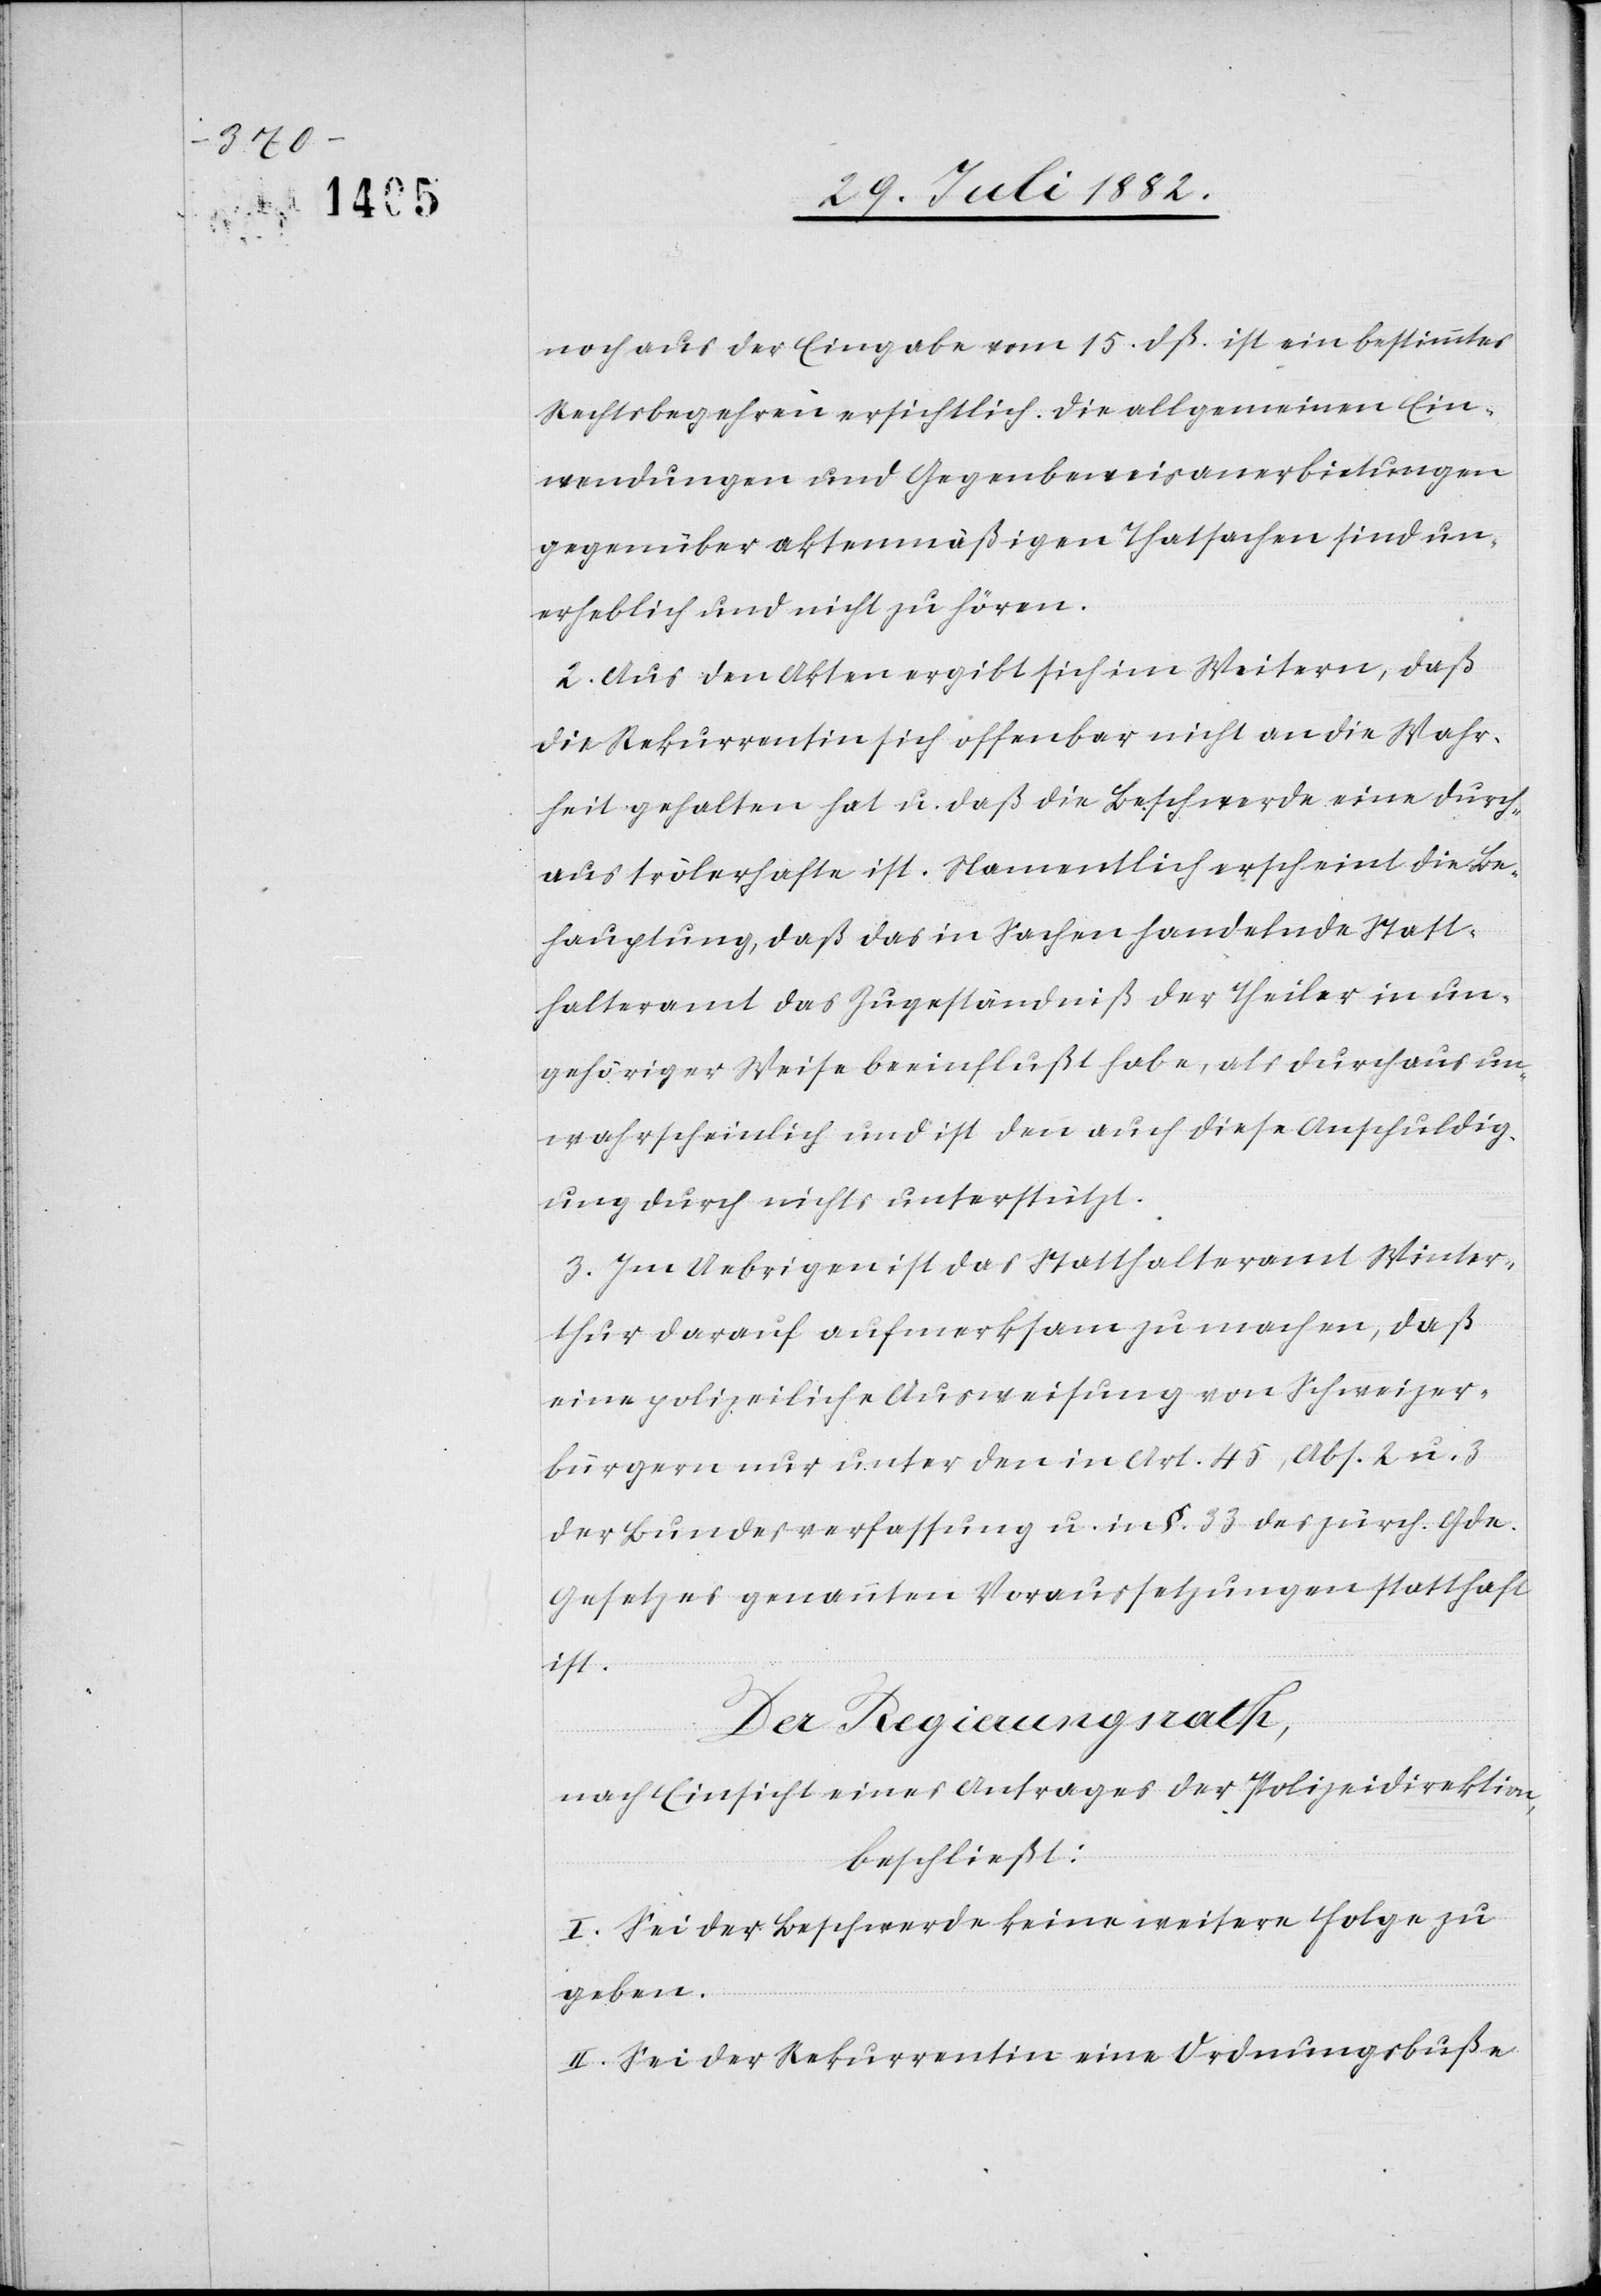
noch aus der Eingabe vom 15. dß. ist ein bestimmtes
Rechtsbegehren ersichtlich. Die allgemeinen Ein¬
wendungen und Gegenbeweisanerbietungen
gegenüber aktenmäßigen Thatsachen sind un¬
erheblich und nicht zu hören.
2. Aus den Akten ergibt sich im Weitern, daß
die Rekurrentin sich offenbar nicht an die Wahr¬
heit gehalten hat u. daß die Beschwerde eine durch¬
aus trölerhafte ist. Namentlich erscheint die Be¬
hauptung, daß das in Sachen handelnde Statt¬
halteramt das Zugeständniß der Theiler in un¬
gehöriger Weise beeinflußt habe, als durchaus un¬
wahrscheinlich und ist denn auch diese Anschuldig¬
ung durch nichts unterstützt.
3. Im Uebrigen ist das Statthalteramt Winter¬
thur darauf aufmerksam zu machen, daß
eine polizeiliche Ausweisung von Schweizer¬
bürgern nur unter den in Art. 45, Abs. 2 u. 3
der Bundesverfassung u. in §. 33 des zürch. Gde.
Gesetzes genannten Voraussetzungen statthaft
ist.
Der Regierungsrath,
nach Einsicht eines Antrages der Polizeidirektion,
beschließt:
I. Sei der Beschwerde keine weitere Folge zu
geben.
II. Sei der Rekurrentin eine Ordnungsbuße